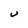
Character: U